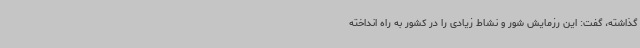
گذاشته، گفت: این رزمایش شور و نشاط زیادی را در کشور به راه انداخته